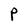
Character: P